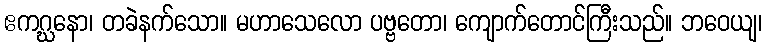
ဧကဂ္ဃနော၊ တခဲနက်သော။ မဟာသေလော ပဗ္ဗတော၊ ကျောက်တောင်ကြီးသည်။ ဘဝေယျ၊